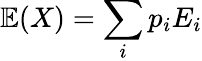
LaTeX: \mathbb{E}(X)=\sum_{i}p_{i}E_{i}